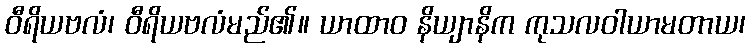
ဝီရိယဗလံ၊ ဝီရိယဗလံမည်၏။ ယာထာဝ နိယျာနိက ကုသလဝါယာမတာယ၊